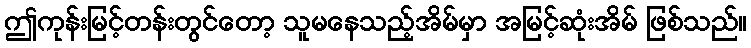
ဤကုန်းမြင့်တန်းတွင်တော့ သူမနေသည့်အိမ်မှာ အမြင့်ဆုံးအိမ် ဖြစ်သည်။